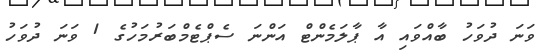
ވަނަ ދުވަހު ބާއްވައި އާ ޕާލަމެންޓް އަންނަ ސެޕްޓެމްބަރުމަހުގެ 1 ވަނަ ދުވަހު